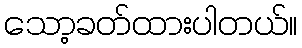
သော့ခတ်ထားပါတယ်။